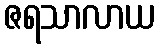
ဇရသာလာယ